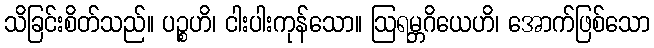
သိခြင်းစိတ်သည်။ ပဉ္စဟိ၊ ငါးပါးကုန်သော။ ဩရမ္ဘဂိယေဟိ၊ အောက်ဖြစ်သော